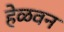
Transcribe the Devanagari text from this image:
हेळवन